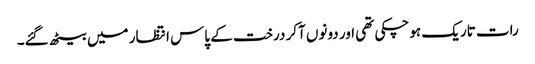
رات تاریک ہوچکی تھی اور دونوں آکر درخت کے پاس انتظار میں بیٹھ گئے۔